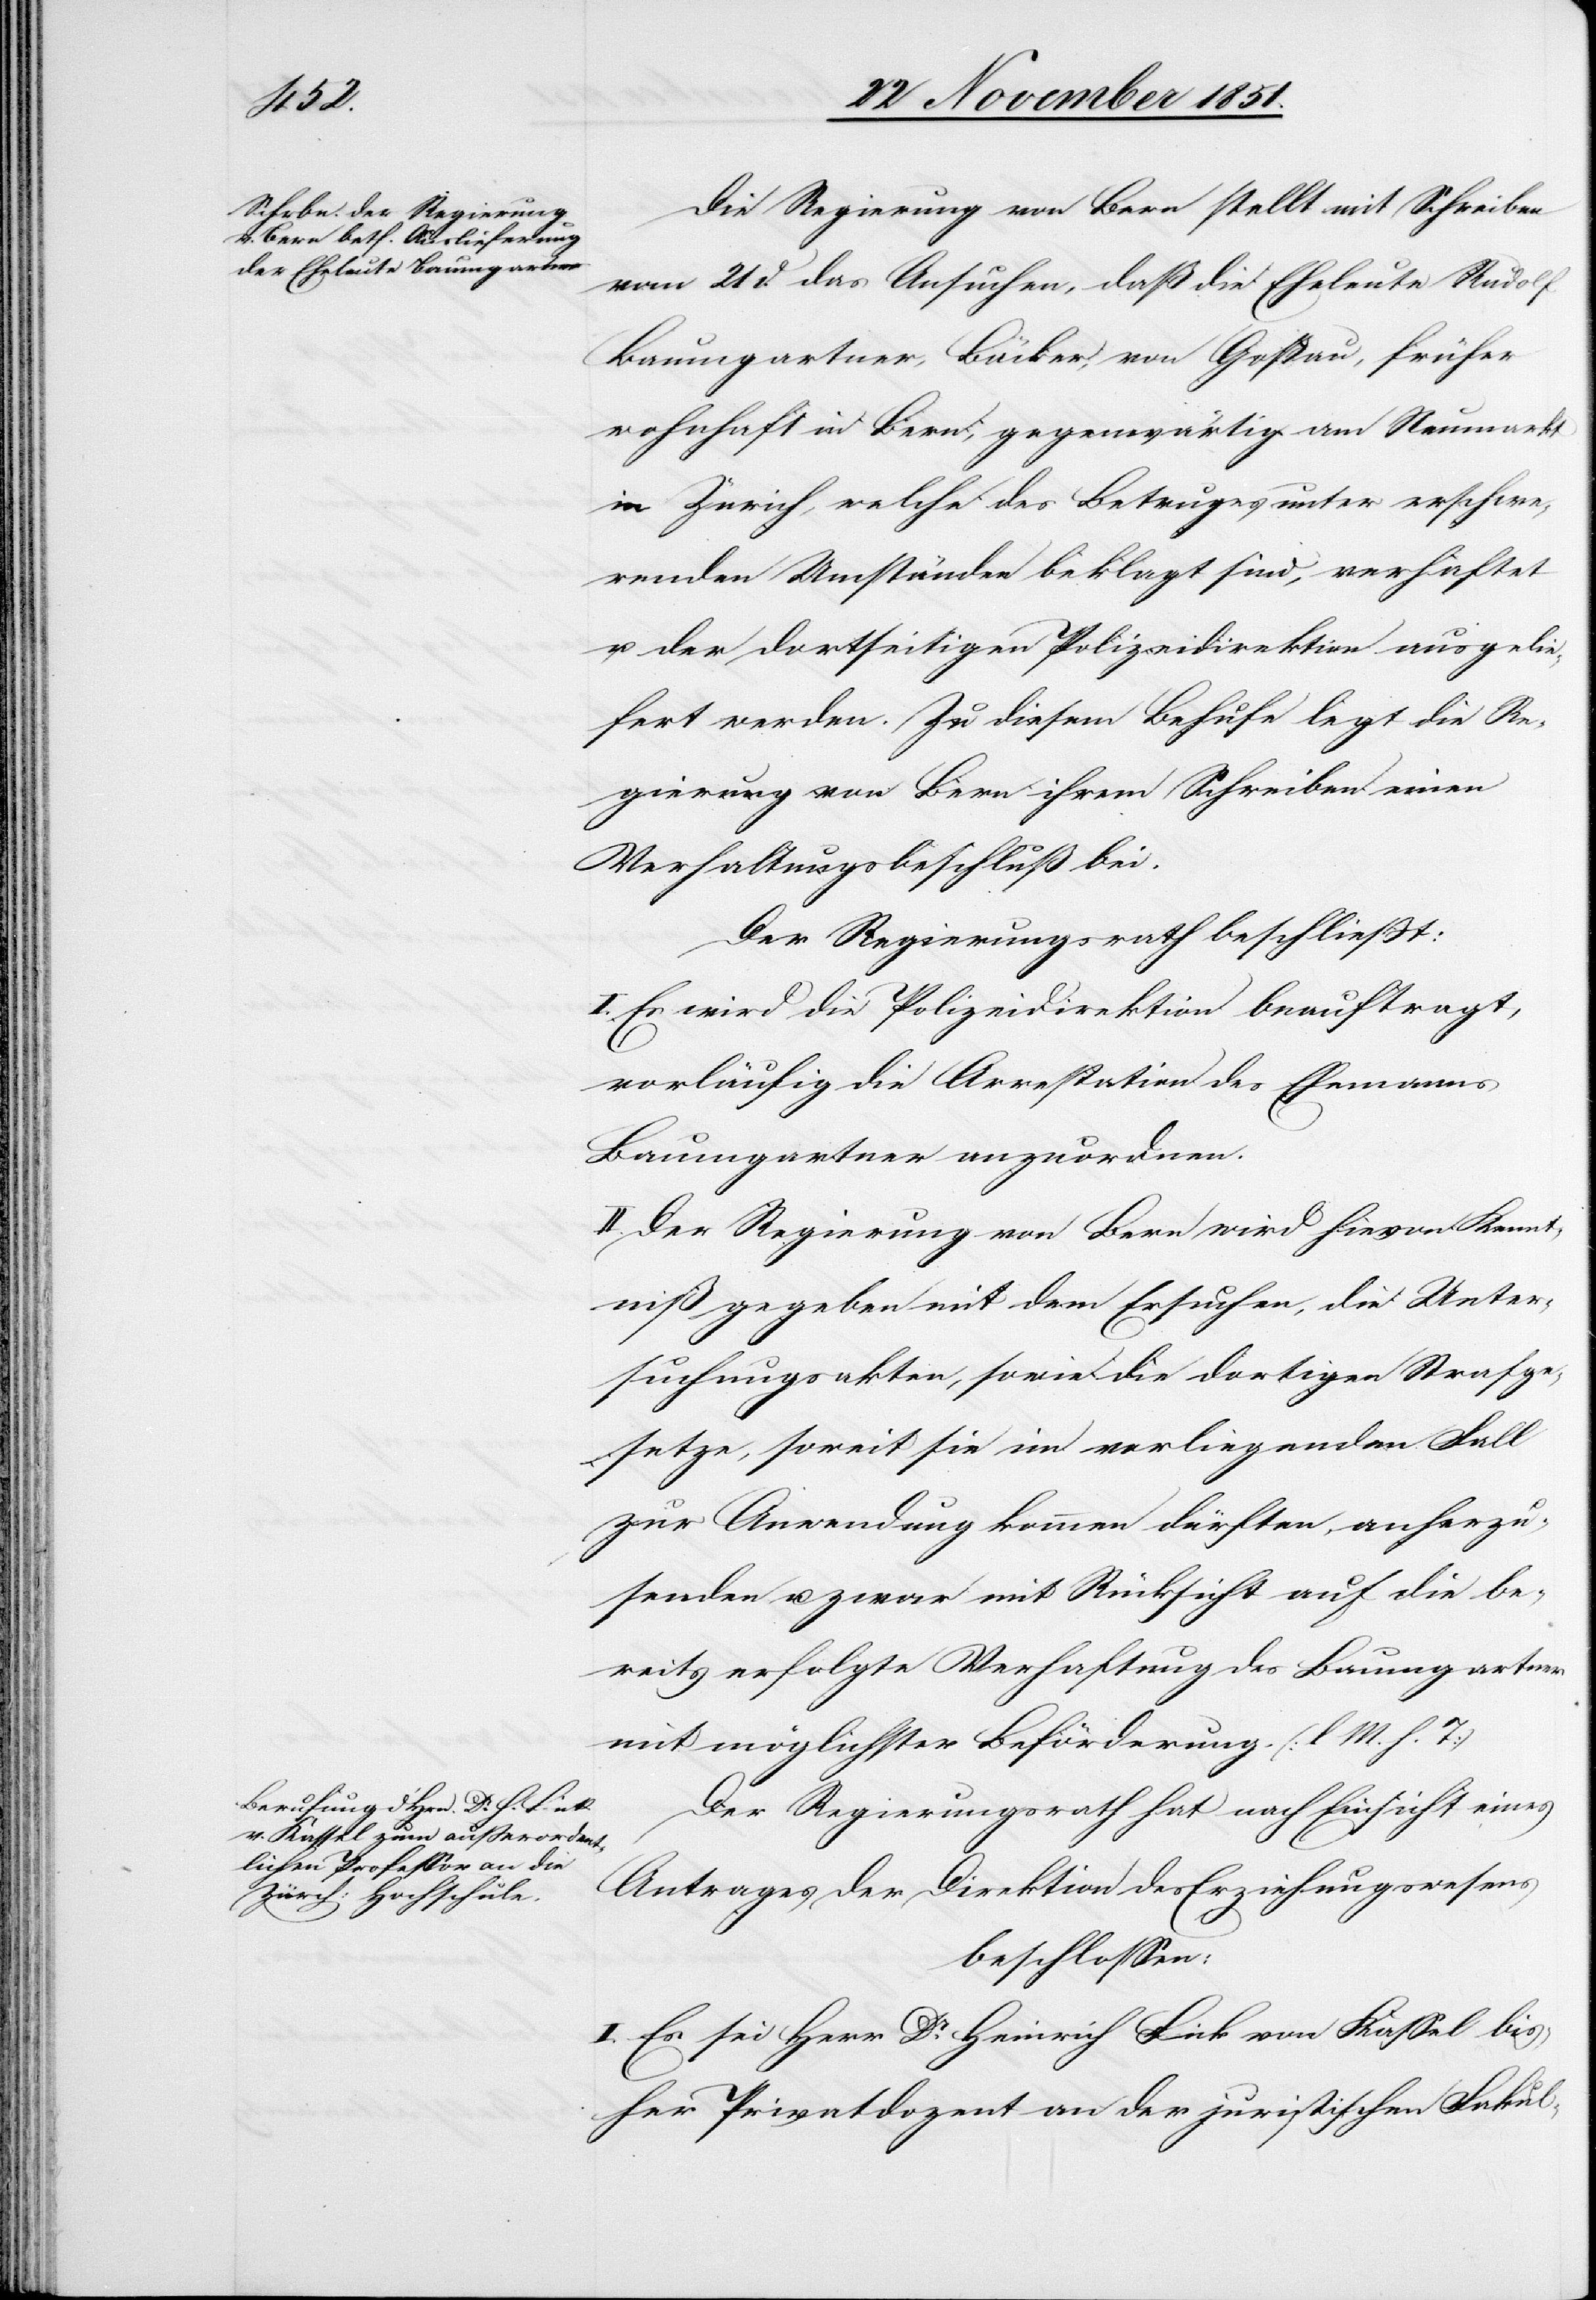
bei.

Die Regierung von Bern stellt mit Schreiben
c!]
vom 21 d. das Ansuchen, daß die Eheleute Rudolf
Baumgartner, Bäcker, von Goßau, früher
wohnhaft in Bern, gegenwärtig am Neumarkt
in Zürich, welche des Betruges unter erschwe¬
renden Umständen beklagt sind, verhaftet
u. der dortseitigen Polizeidirektion ausgelie¬
fert werden. Zu diesem Behufe legt die Re¬
gierung von Bern ihrem Schreiben einen
Verhaltungsbeschluß [si¬
Der Regierungsrath beschließt:
I. Es wird die Polizeidirektion beauftragt,
vorläufig die Arrestation des Ehemanns
Baumgartner anzuordnen.
II. Der Regierung von Bern wird hievon Kennt¬
niß gegeben mit dem Ersuchen, die Unter¬
suchungsakten, sowie die dortigen Strafge¬
setze, soweit sie im vorliegenden Fall
zur Anwendung kommen dürften, anherzu¬
senden u. zwar mit Rücksicht auf die be¬
reits erfolgte Verhaftung des Baumgartner
mit möglichster Beförderung. (l. M. h. T)
Der Regierungsrath hat nach Einsicht eines
Antrages der Direktion des Erziehungswesens
beschlossen:
I. Es sei Herr Dr. Heinrich Fick von Kassel bis¬
her Privatdozent an der juristischen Fakul-